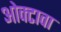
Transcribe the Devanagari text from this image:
ओक्टावा